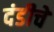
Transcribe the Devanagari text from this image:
दंडीचे